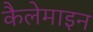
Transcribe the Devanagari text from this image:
कैलेमाइन